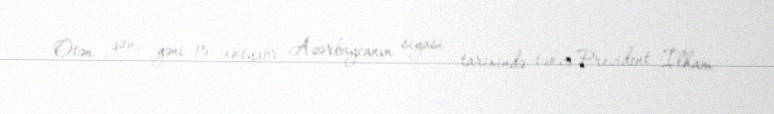
Ötən gün, yəni 15 oktyabr Azərbaycanın siyasi tarixində təkcə Prezident İlham